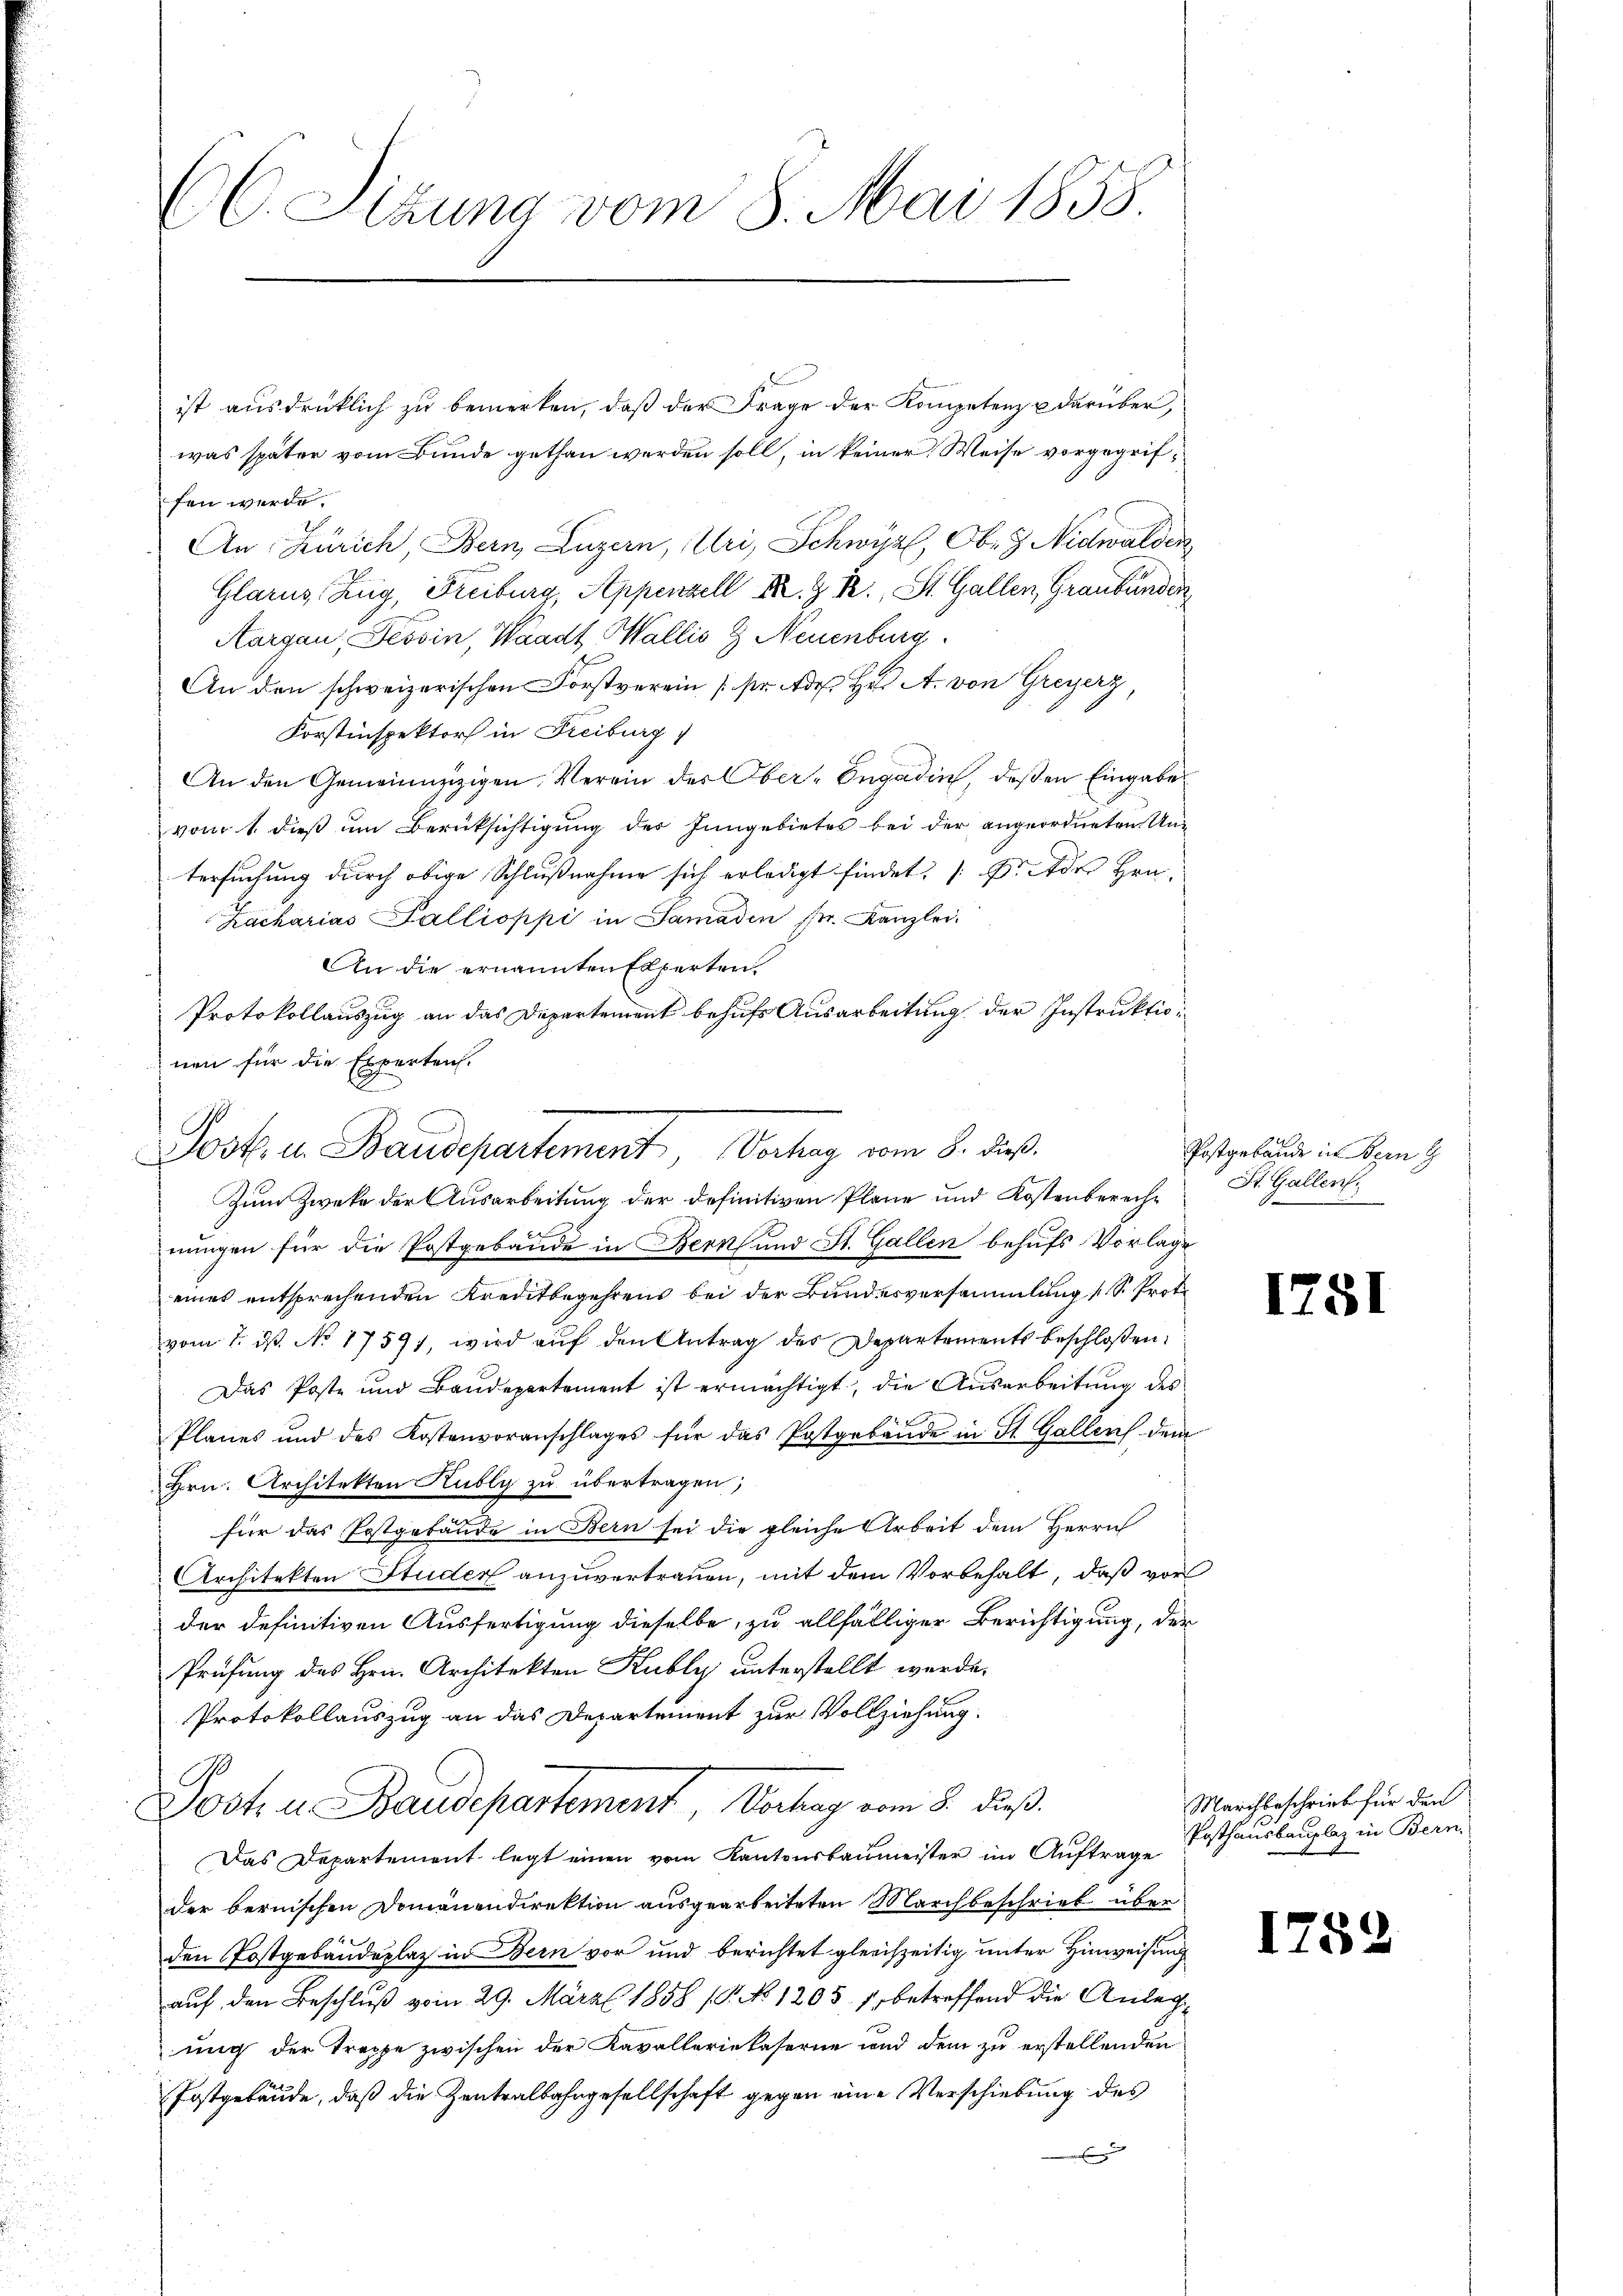
EC. Sizung vom 8. Mai 1858.

was später vom Bunde gethan werden soll, in keiner Weise vorgegriffen werde.
An Zürich, Bern, Luzern, Uri, Schwyz, Oben Nidwalden
Glarus, Zug, Freiburg, Appenzell S. z. R., St. Gallen, Graubünden
Aargau, Tessin, Waadt Wallis & Neuenburg
An den schweizerischen Forstverein (str. des H A. von Greyerz
Korstinspektor in Freiburg)
An den Gemeinnzizigen Verein der Ober-Engadin, deßen Eingabe
vom 1. dieß um Berüksichtigung des Inngebietes bei der angeordneten Untersuchung durch obige Schlußnahme sich erledigt findet, Dr. des Hrn.
Zacharias Pallioppi in Samaden Fr. Kanzlei.
An die ernannten Experten.
Protokollauszug an das Departement behufs Ausarbeitung der Instruktionen für die Experten.
Zum Zwecke der Ausarbeitung der definitiven Pläne und Kostenberechnungen für die Postgebäude in Bern und St. Gallen behufs Vorlage
eines entsprechenden Kreditbegehrens bei der Bundesversammlung 1 S. Prot.
vom 1. ds. No 17591, wird auf den Antrag des Departements beschloßen:
Das Poste und Baudepartement ist ermächtigt, die Ausarbeitung des
Planes und des Kostenvoranschlages für das Postgebäŭde in St. Gallen dem
Hrn. Architekten Kubly zu übertragen,
für das Postgebäude in Bern sei die gleiche Arbeit dem Herrn
Architekten Studer anzuvertrauen, mit dem Vorbehalt, daß vor
der definitiven Ausfertigung dieselbe, zu allfälliger Berichtigung, der
Prüfung des Hrn. Architekten Kubly unterstellt werde.
Protokollauszug an das Departement zur Vollziehung.
0
Jost, u. Baudepartement Vortrag vom 8. dieß.
Das Departement legt einen vom Kantonsbaumeister im Auftrage Posthausbauplaz in Bern,
der bernischen Domänendirektion ausgearbeiteten Marchbeschrieb über
den Postgebäudeplaz in Bern vor und berichtet gleichzeitig unter Hinweisung
auf den Beschluß vom 29. März 1858 (P. No 1205. 1, betreffend die Anlegung der Treppe zwischen der Kavalleriekaserne und dem zu erstellenden
Fostgebäude, daß die Zentralbahngesellschaft gegen eine Verschiebung des

Post. in Baudepartement Verhag vom 8. dieß.

ist ausdrücklich zu bemerken, daß der Frage der Kompetenz u darüber,

Postgebäude in Bern G
St. Gallen.

1781

Marchbeschrieb für den

1752